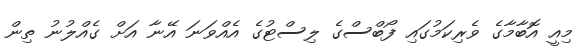
މިއީ އޮބާމާގެ ވެރިކަމުގައި ފޯބްސްގެ ލިސްޓުގެ އެއްވަނަ އޭނާ އަށް ގެއްލުނު ތިން